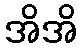
အိအိ